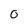
Character: 0